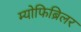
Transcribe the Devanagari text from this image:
म्योफिब्रिलर